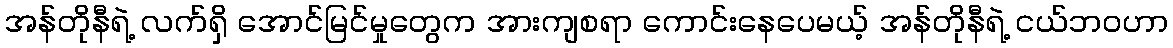
အန်တိုနီရဲ့ လက်ရှိ အောင်မြင်မှုတွေက အားကျစရာ ကောင်းနေပေမယ့် အန်တိုနီရဲ့ ငယ်ဘဝဟာ